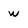
Character: w